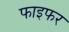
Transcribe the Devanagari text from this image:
फाइफर